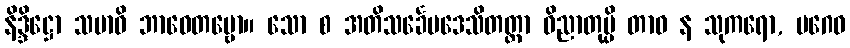
နိဒ္ဒိဋ္ဌော သမာဓိ ဘာဝေတဗ္ဗော။ သော စ အတိသင်္ခေပဒေသိတတ္တာ ဝိညာတုမ္ပိ တာဝ န သုကရော, ပဂေဝ